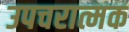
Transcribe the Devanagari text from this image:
उपचरात्मक